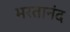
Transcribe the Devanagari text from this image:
भरतानंद